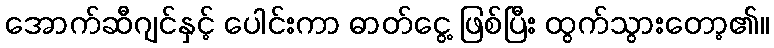
အောက်ဆီဂျင်နှင့် ပေါင်းကာ ဓာတ်ငွေ့ ဖြစ်ပြီး ထွက်သွားတော့၏။